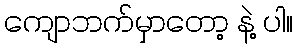
ကျောဘက်မှာတော့ နဲ့ ပါ။